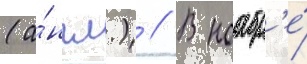
(а́нгл.) // В ноабр'е́